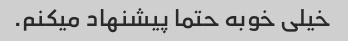
خیلی خوبه حتما پیشنهاد میکنم.